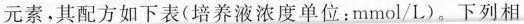
元素，其配方如下表(培养液浓度单位；mmol/L)。下列相